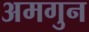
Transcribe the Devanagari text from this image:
अमगुन